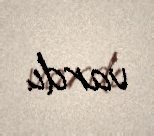
vardı.